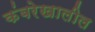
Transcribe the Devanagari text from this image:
कंबरेखालील